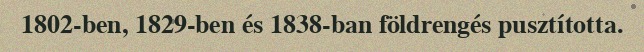
1802-ben, 1829-ben és 1838-ban földrengés pusztította.